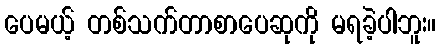
ပေမယ့် တစ်သက်တာစာပေဆုကို မရခဲ့ပါဘူး။